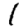
Digit: 1